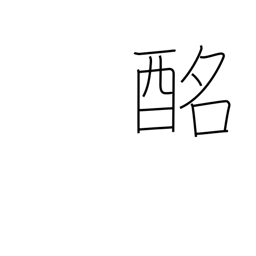
Meaning: sweet sake